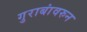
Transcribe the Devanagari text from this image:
गुराबांवरुन